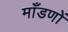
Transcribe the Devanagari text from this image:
माँडणों